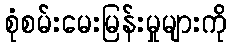
စုံစမ်းမေးမြန်းမှုများကို